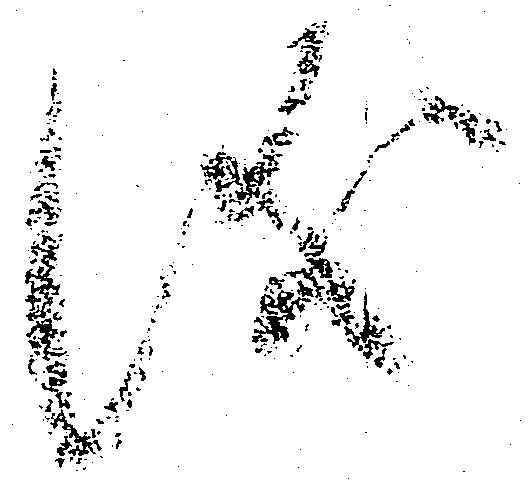
儀